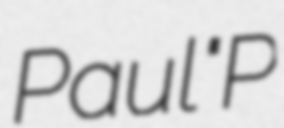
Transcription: Paul "P